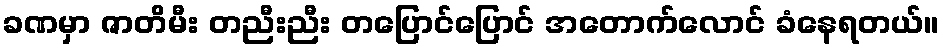
ခဏမှာ ဇာတိမီး တညီးညီး တပြောင်ပြောင် အတောက်လောင် ခံနေရတယ်။